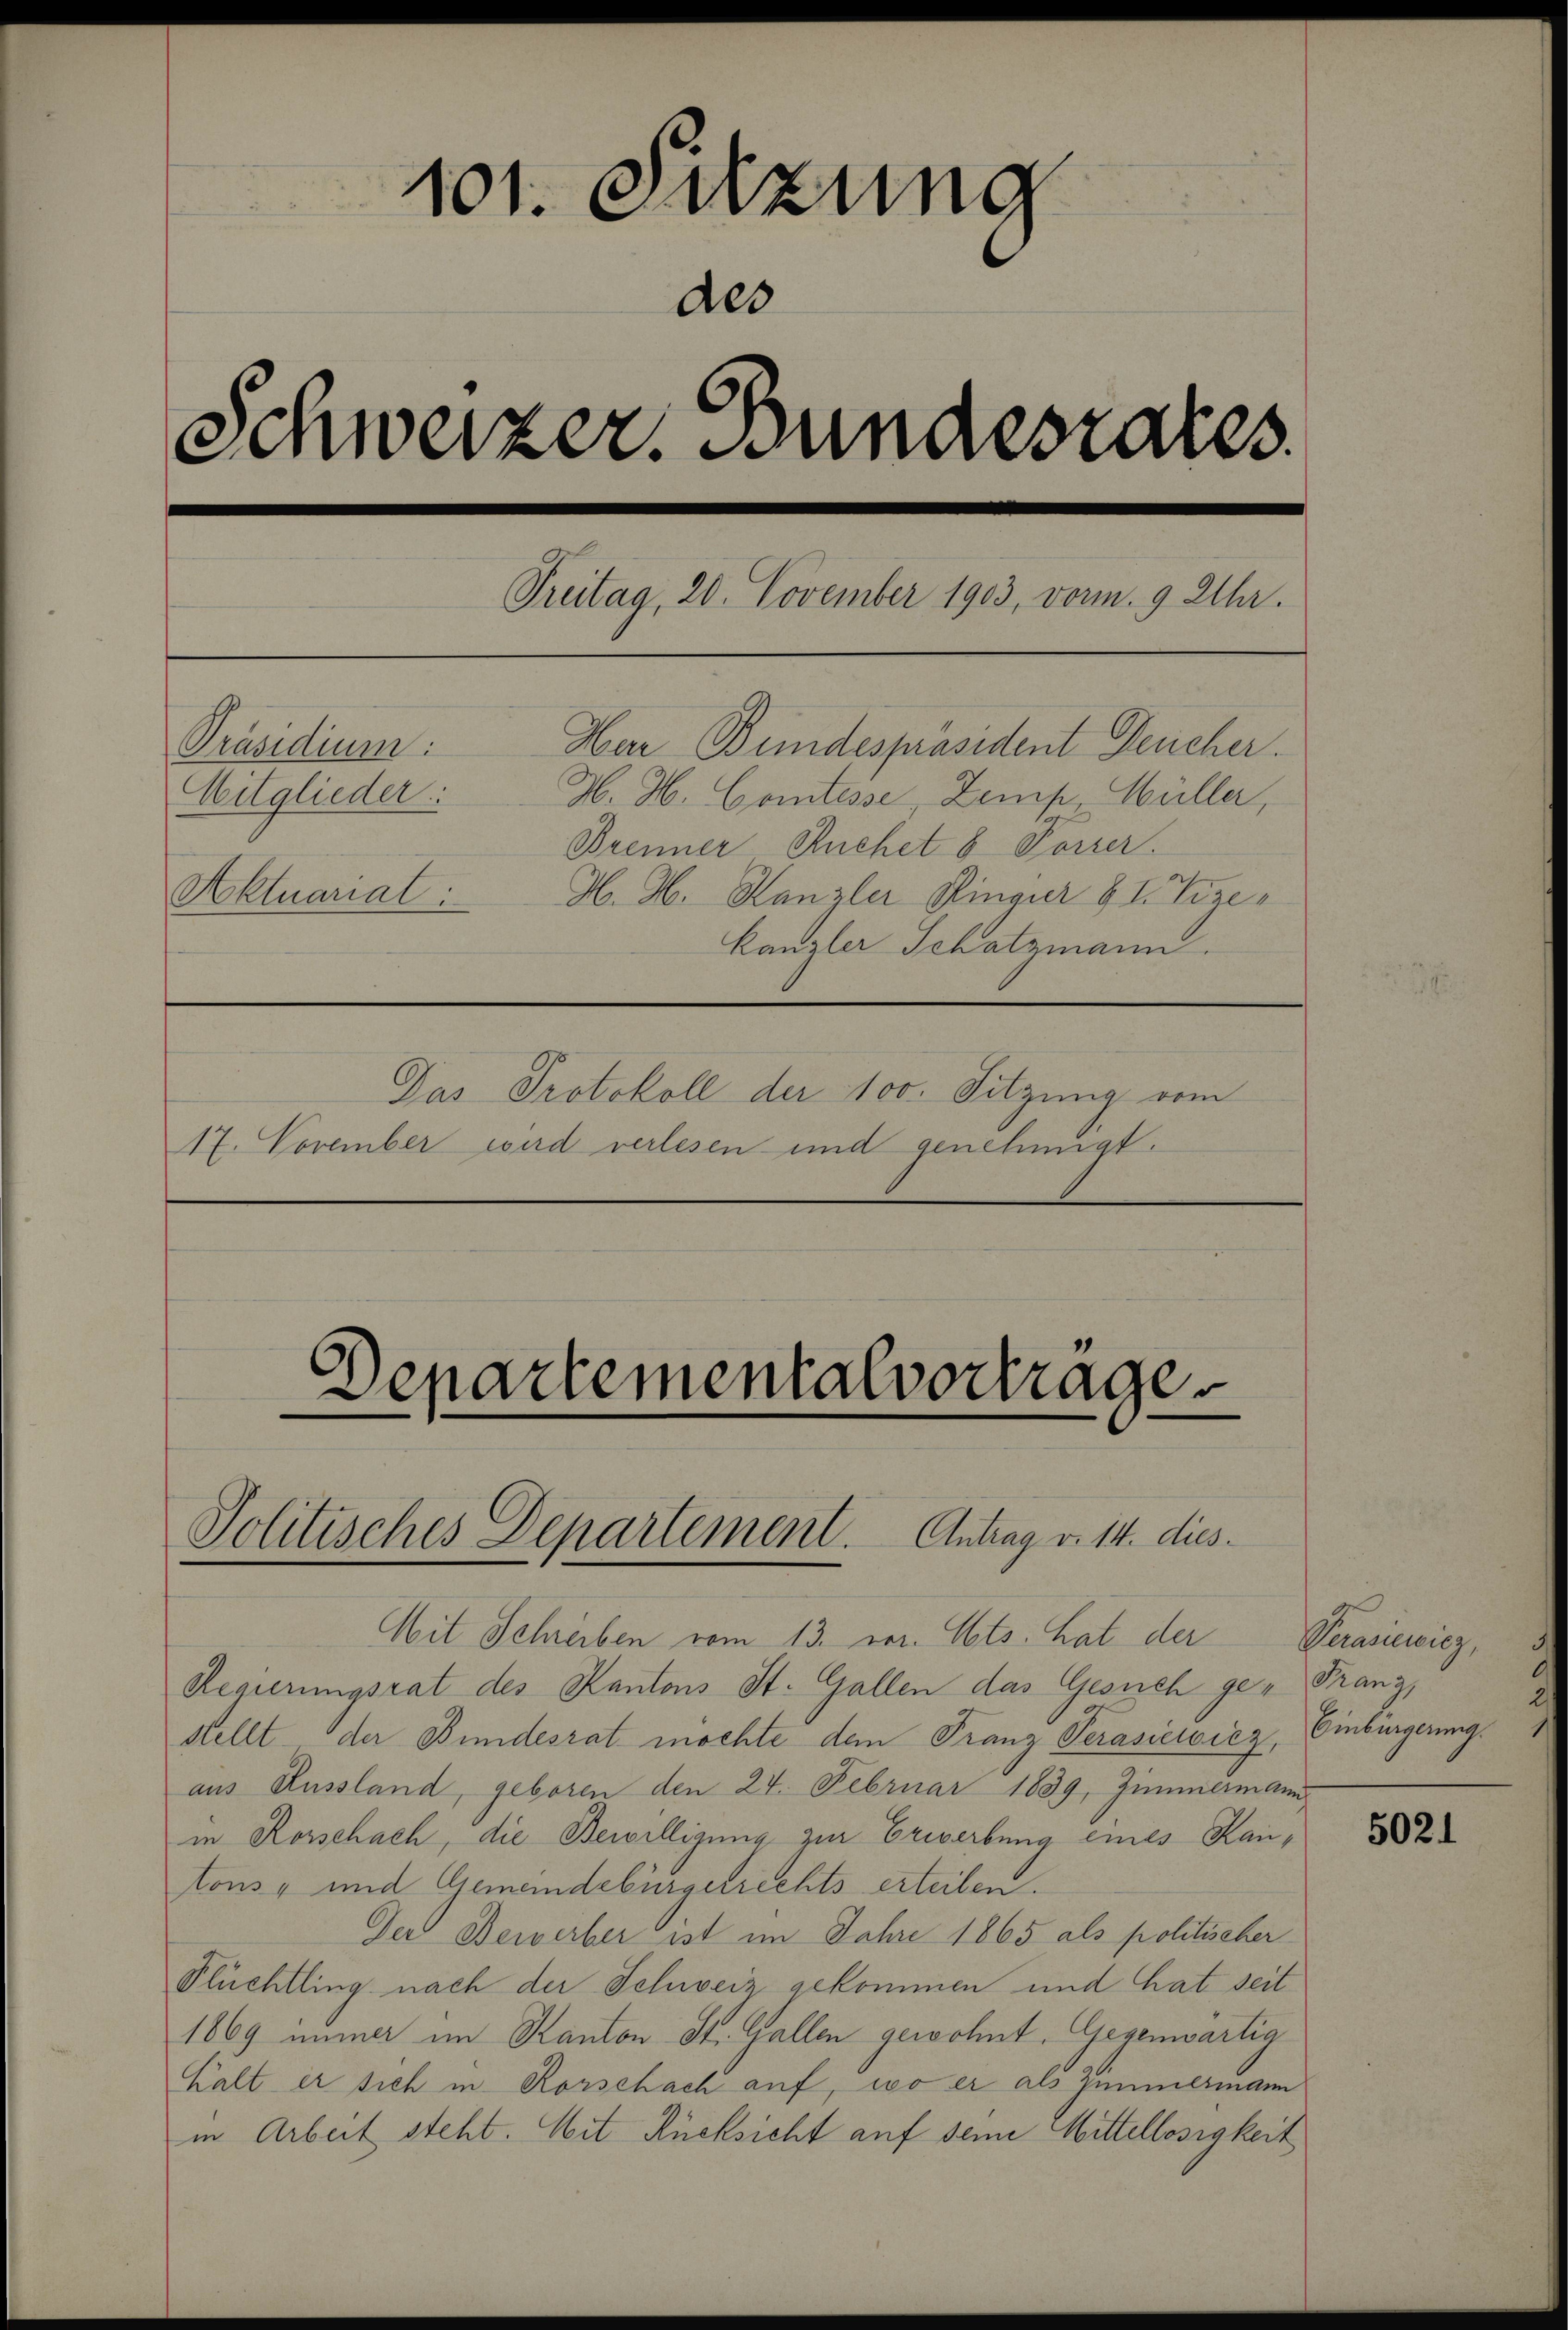
.
101. Seuzung
des
Schweizer. Bundesrates
Treitag, 20. November 1903, vom 9 Uhr.
Präsidium.
Har Bundespräsident Deucher.
Mitglieder:
H. H. Comtesse Zemp, Müller,
Brenner Ruchet 8 Porzer.
H. H. Kanzler Hinger II. Vize¬
Aktuariat:
kanzler Schatzmann.
Das Protokoll der 100. Sitzung vom
17. November wird verlesen und genehmigt.

Lepartementalvortrage
Politisches Departement. Antrag v. 14. dies¬

Mit Schreiben vom 13. vor. Mts. hat der Verasiewicz,
Regierungsrat des Kantons St. Gallen das Gesuch gestellt der Bundesrat möchte den Franz Perasiewicz, Einbürgerung.
aus Russland, geboren den 24. Februar 1839, Zimmermann,
in Rorschach, die Bewilligung zur Eriverbung eines Kantons- und Gemeindebürgerrechts erteilen.
Der Bewerber ist im Jahre 1865 als politischer
Flüchtling nach der Schweiz gekommen und hat seit
1869 immer im Kanton St. Gallen gewohnt. Gegenwärtig
Halt er sich in Rorschach auf, wo er als Zimmermann
in Arbeit steht. Mit Rücksicht auf seine Mittellosigkeit

Tany

5021